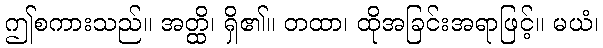
ဤစကားသည်။ အတ္ထိ၊ ရှိ၏။ တထာ၊ ထိုအခြင်းအရာဖြင့်။ မယံ၊